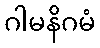
ဂါမနိဂမံ